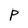
Character: P